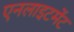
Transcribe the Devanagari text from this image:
एनलाइटमेंट